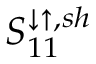
S _ { 1 1 } ^ { \downarrow \uparrow , s h }